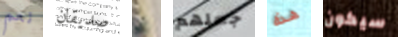
نعم صديقان بي جعلهم هذه سيكون